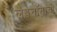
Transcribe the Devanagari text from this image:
लेबेनॉनाची